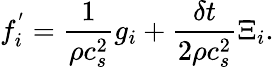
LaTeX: f_{i}^{'}=\frac{1}{\rho c_{s}^{2}}g_{i}+\frac{\delta t}{2\rho c_{s}^{2}}\Xi_{i}.